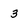
Character: 3